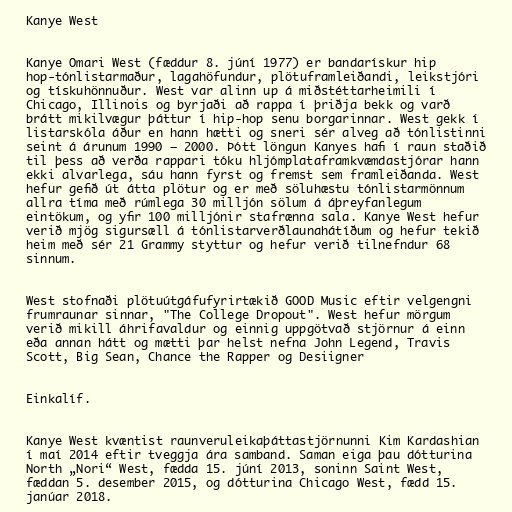
Kanye West

Kanye Omari West (fæddur 8. júní 1977) er bandarískur hip
hop-tónlistarmaður, lagahöfundur, plötuframleiðandi, leikstjóri
og tískuhönnuður. West var alinn up á miðstéttarheimili í
Chicago, Illinois og byrjaði að rappa í þriðja bekk og varð
brátt mikilvægur þáttur í hip-hop senu borgarinnar. West gekk í
listarskóla áður en hann hætti og sneri sér alveg að tónlistinni
seint á árunum 1990 – 2000. Þótt löngun Kanyes hafi í raun staðið
til þess að verða rappari tóku hljómplataframkvæmdastjórar hann
ekki alvarlega, sáu hann fyrst og fremst sem framleiðanda. West
hefur gefið út átta plötur og er með söluhæstu tónlistarmönnum
allra tíma með rúmlega 30 milljón sölum á áþreyfanlegum
eintökum, og yfir 100 milljónir stafrænna sala. Kanye West hefur
verið mjög sigursæll á tónlistarverðlaunahátíðum og hefur tekið
heim með sér 21 Grammy styttur og hefur verið tilnefndur 68
sinnum.

West stofnaði plötuútgáfufyrirtækið GOOD Music eftir velgengni
frumraunar sinnar, "The College Dropout". West hefur mörgum
verið mikill áhrifavaldur og einnig uppgötvað stjörnur á einn
eða annan hátt og mætti þar helst nefna John Legend, Travis
Scott, Big Sean, Chance the Rapper og Desiigner

Einkalíf.

Kanye West kvæntist raunveruleikaþáttastjörnunni Kim Kardashian
í maí 2014 eftir tveggja ára samband. Saman eiga þau dótturina
North „Nori“ West, fædda 15. júní 2013, soninn Saint West,
fæddan 5. desember 2015, og dótturina Chicago West, fædd 15.
janúar 2018.